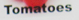
Tomatoes